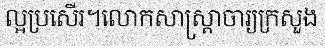
ល្អប្រសើរ។លោកសាស្ត្រាចារ្យក្រសួង